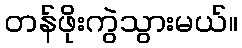
တန်ဖိုးကွဲသွားမယ်။